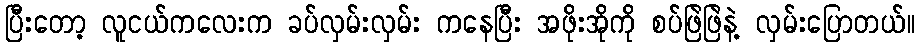
ပြီးတော့ လူငယ်ကလေးက ခပ်လှမ်းလှမ်း ကနေပြီး အဖိုးအိုကို စပ်ဖြဲဖြဲနဲ့ လှမ်းပြောတယ်။